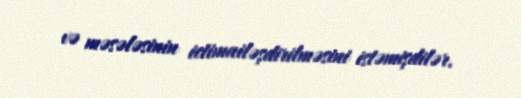
və məsələsinin ictimailəşdirilməsini istəmişdilər.